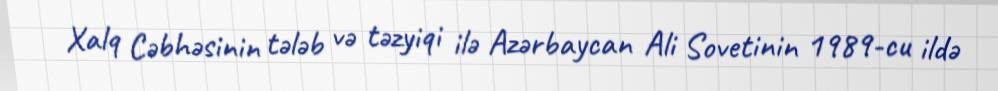
Xalq Cəbhəsinin tələb və təzyiqi ilə Azərbaycan Ali Sovetinin 1989-cu ildə